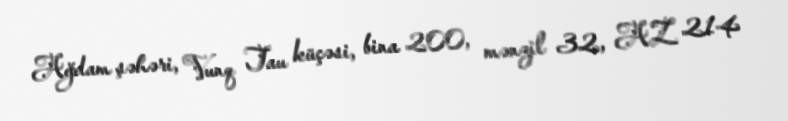
Ağdam şəhəri, Vunq Tau küçəsi, bina 200, mənzil 32, AZ 214